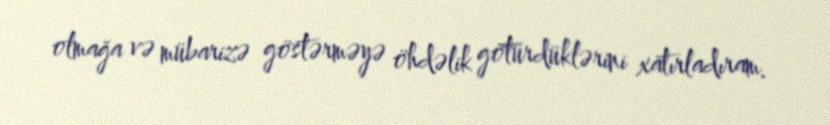
olmağa və mübarizə göstərməyə öhdəlik götürdüklərini xatırladıram.